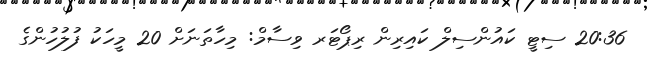
20:36 ސިޓީ ކައުންސިލް ކައިރިން ރިޕޯޓަރ ވިސާމް: މިހާތަނަށް 20 މީހަކު ފުލުހުންގެ